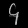
Digit: ၄